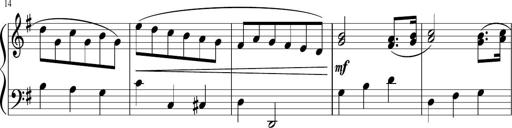
Title: 12 Keyboard Sonatinas
Composer: James Hook